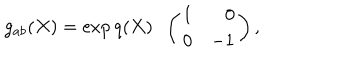
g _ { a b } ( X ) = \exp { q ( X ) } \; \; \left( \begin{array} { c r } { { 1 } } & { { 0 } } \\ { { 0 } } & { { - 1 } } \\ \end{array} \right) ,